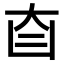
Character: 𦣼